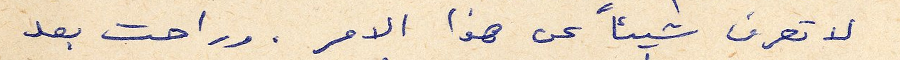
لا تعرف شيئًا عن هذا الامر . وراحت بعد